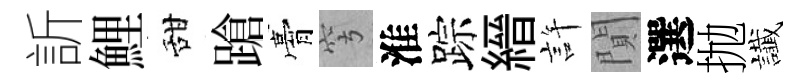
訢鯉甜蹌膏穹淮踪縉許閴選抛䜟